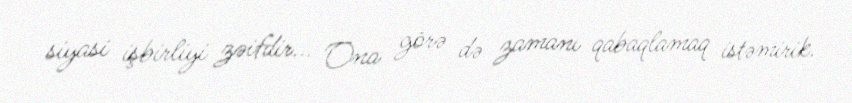
siyasi işbirliyi zəifdir... Ona görə də zamanı qabaqlamaq istəmirik.